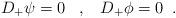
LaTeX: \begin{align*} D_{+}\psi=0 \;\;\;,\;\;\; D_{+}\phi=0 \;\;.\end{align*}